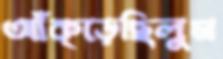
আঁক্‌ড়েছিলুম